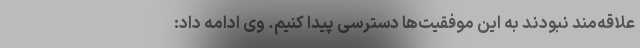
علاقه‌مند نبودند به این موفقیت‌ها دسترسی پیدا کنیم. وی ادامه داد: